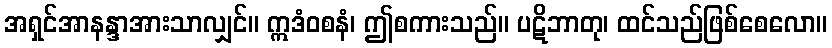
အရှင်အာနန္ဒာအားသာလျှင်။ ဣဒံဝစနံ၊ ဤစကားသည်။ ပဋိဘာတု၊ ထင်သည်ဖြစ်စေလော။